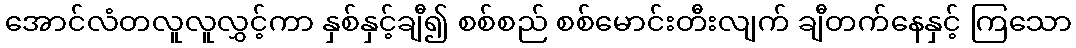
အောင်လံတလူလူလွှင့်ကာ နှစ်နှင့်ချီ၍ စစ်စည် စစ်မောင်းတီးလျက် ချီတက်နေနှင့် ကြသော